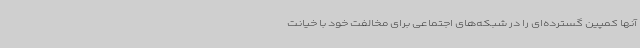
آنها کمپین گسترده‌ای را در شبکه‌های اجتماعی برای مخالفت خود با خیانت